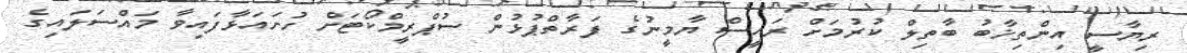
ރިޔާސީ އިންތިޚާބު ބާތިިލް ކުރުމަށް ރައީސް ޔާމީނުގެ ފަރާތްޕުޅުން ސުޕްރީމްކޯޓަށް ހުށައަޅާފައިވާ މައްސަލައިގެ